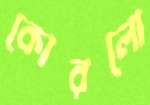
কোরলো